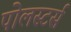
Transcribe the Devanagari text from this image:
पोलस्टर्स